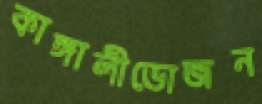
কাঙ্গালীভোজন